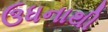
ઉધનાથી